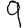
Digit: 9